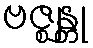
ဗဇ္ဈန္တု